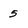
Character: 5